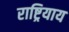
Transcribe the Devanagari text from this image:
राष्ट्रियाय